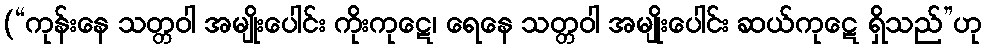
(“ကုန်းနေ သတ္တဝါ အမျိုးပေါင်း ကိုးကုဋေ၊ ရေနေ သတ္တဝါ အမျိုးပေါင်း ဆယ်ကုဋေ ရှိသည်”ဟု